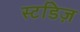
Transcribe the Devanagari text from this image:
स्टडिज़